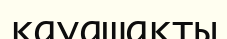
қауашақты